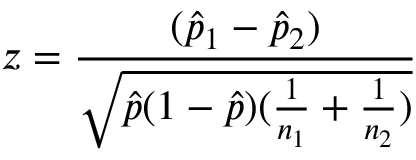
z = { \frac { ( { \hat { p } } _ { 1 } - { \hat { p } } _ { 2 } ) } { \sqrt { { \hat { p } } ( 1 - { \hat { p } } ) ( { \frac { 1 } { n _ { 1 } } } + { \frac { 1 } { n _ { 2 } } } ) } } }